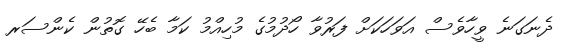
ދެނަގަނެ ވީހާވެސް އަވަހަކަށް ފަރުވާ ހޯދުމުގެ މުހިއްމު ކަމާ ބެހޭ ގޮތުން ކެންސަރ